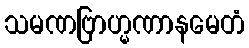
သမဏဗြာဟ္မဏာနမေတံ